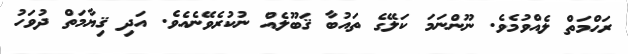
ރަޙްމަތް ލެއްވުމެވެ. ނޫންނަމަ ކަލޭގެ ތައުބާ ޤަބޫލެއް ނުކުރެވޭނެއެވެ. އަދި ޤިޔާމަތް ދުވަހު